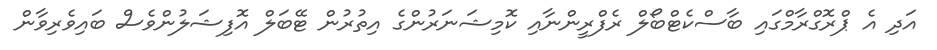
އަދި އެ ޕްރޮގްރާމްގައި ބާސްކެޓްބޯލް ރެފްރީންނާއި ކޮމިޝަނަރުންގެ އިތުރުން ޓޭބަލް އޮފިޝަލުންވެސް ބައިވެރިވާން